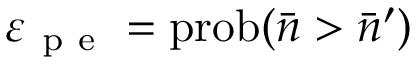
\varepsilon _ { \mathrm { ~ p ~ e ~ } } = \mathrm { p r o b } ( \bar { n } > \bar { n } ^ { \prime } )